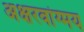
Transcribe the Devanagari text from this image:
अक्षरवांग्मय